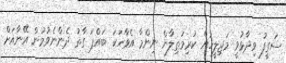
ސަގީފު ވިދާޅުވީ މަޖިލީހަށް ކުރިމަތިލާން ނިންމާ އެވާހަކަ ބައްޕަ ގާތު ދެންނެވުމުން އޭނާއަށް